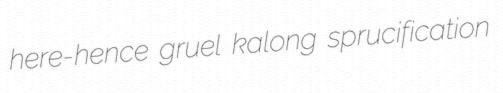
here-hence gruel kalong sprucification